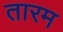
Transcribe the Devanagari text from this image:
तारम